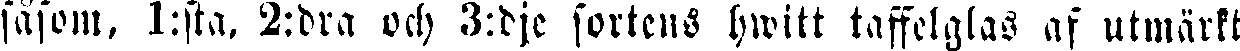
såsom, 1:sta, 2:dra och 3:dje sortens hwitt taffelglas af utmärkt